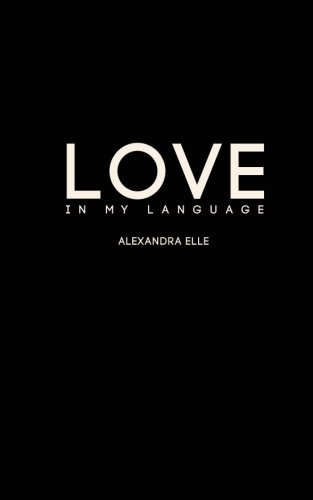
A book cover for Love in my Language; Alexandra Elle; Literature & Fiction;